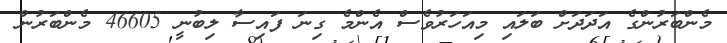
މެންބަރުންގެ އަދަދަށް ބަލައި މިއަހަރުވެސް އެންމެ ގިނަ ފައިސާ ލިބުނީ 46605 މެންބަރުން